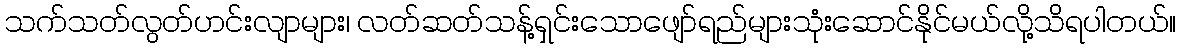
သက်သတ်လွတ်ဟင်းလျာများ၊ လတ်ဆတ်သန့်ရှင်းသောဖျော်ရည်များသုံးဆောင်နိုင်မယ်လို့သိရပါတယ်။